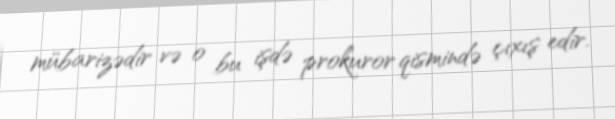
mübarizədir və o bu işdə prokuror qismində çıxış edir.